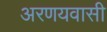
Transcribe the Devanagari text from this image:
अरणयवासी